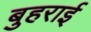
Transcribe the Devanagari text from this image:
बुहराई